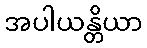
အပါယန္တိယာ